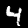
Digit: 4